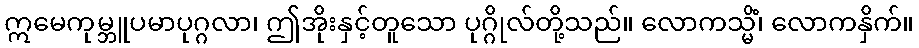
ဣမေကုမ္ဘူပမာပုဂ္ဂလာ၊ ဤအိုးနှင့်တူသော ပုဂ္ဂိုလ်တို့သည်။ လောကသ္မိံ၊ လောကနှိက်။